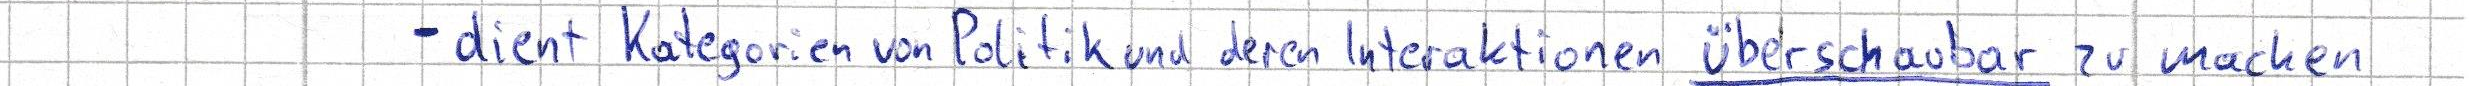
- dient Kategorien von Politik und deren Interaktionen überschaubar zu machen